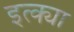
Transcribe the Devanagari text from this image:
इत्क्या